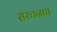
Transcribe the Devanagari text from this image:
संरचनाच